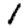
Digit: 1